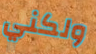
ولكني